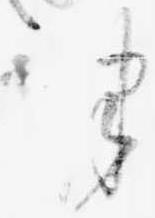
つ